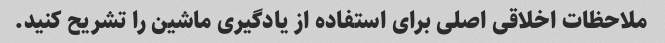
ملاحظات اخلاقی اصلی برای استفاده از یادگیری ماشین را تشریح کنید.